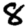
Digit: 8